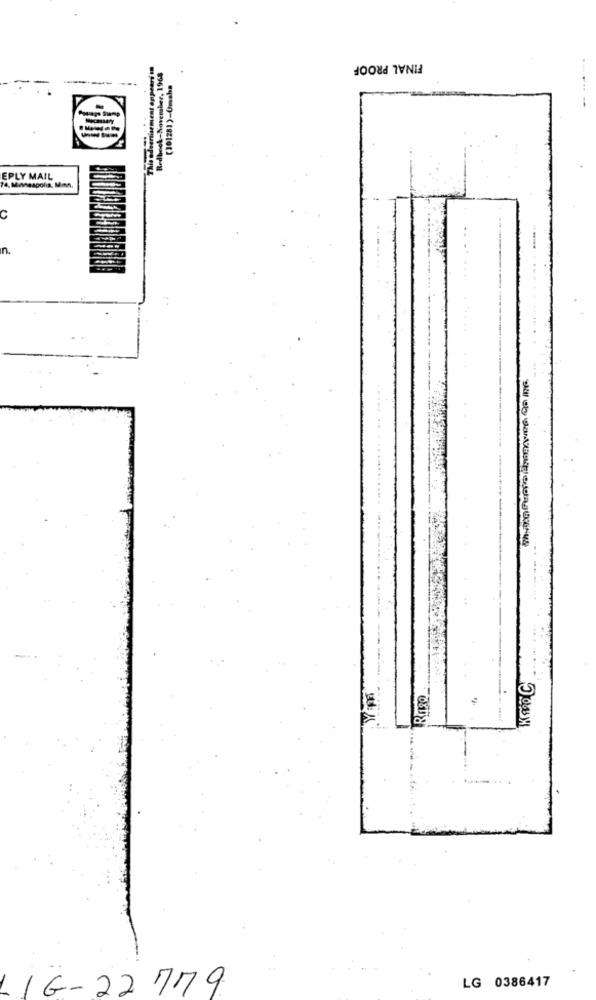
FINAL PROOF
deenisement appears
Redbook-November, 1968
EPLY MAIL
14, Masapolis, Men,
C
n.
YEpa
LG 0386417
G-22 779